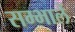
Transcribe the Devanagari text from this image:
सम्भालें